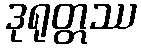
ဒုရုတ္တဿ